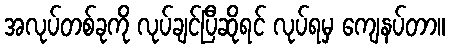
အလုပ်တစ်ခုကို လုပ်ချင်ပြီဆိုရင် လုပ်ရမှ ကျေနပ်တာ။